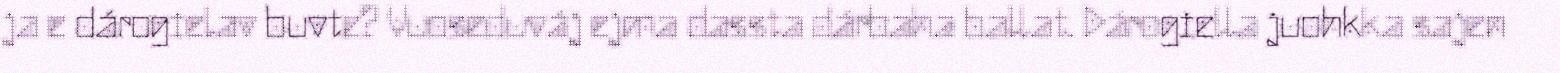
ja e dárogielav buvte? Vuoseduváj ejma dassta dárbaha ballat. Dárogiella juohkka sajen